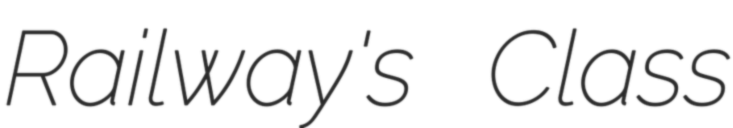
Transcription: Railway's Class